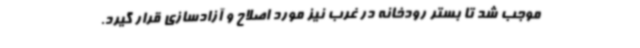
موجب شد تا بستر رودخانه در غرب نیز مورد اصلاح و آزادسازی قرار گیرد.